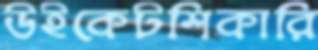
উইকেটশিকারি